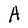
Character: A